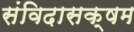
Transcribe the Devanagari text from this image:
संविदासक्षम